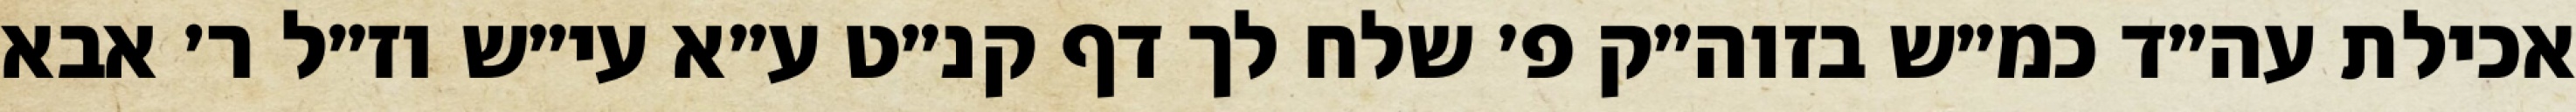
אכילת עה״ד כמ״ש בזוה״ק פ׳ שלח לך דף קנ״ט ע״א עי״ש וז״ל ר׳ אבא